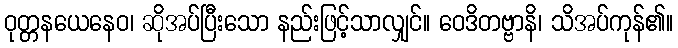
ဝုတ္တနယေနေဝ၊ ဆိုအပ်ပြီးသော နည်းဖြင့်သာလျှင်။ ဝေဒိတဗ္ဗာနိ၊ သိအပ်ကုန်၏။